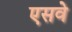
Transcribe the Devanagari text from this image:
एसवे